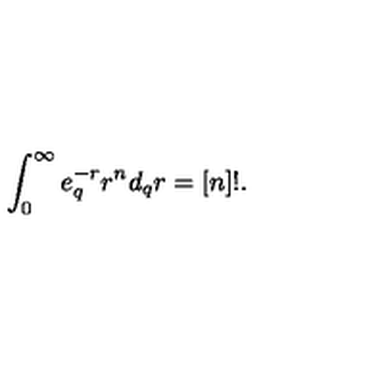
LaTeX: \int _ { 0 } ^ { \infty } e _ { q } ^ { - r } r ^ { n } d _ { q } r = [ n ] ! .